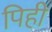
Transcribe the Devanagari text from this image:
पिही